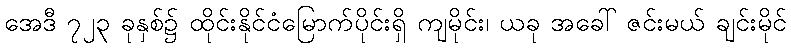
အေဒီ ၇၂၃ ခုနှစ်၌ ထိုင်းနိုင်ငံမြောက်ပိုင်းရှိ ကျမိုင်း၊ ယခု အခေါ် ဇင်းမယ် ချင်းမိုင်